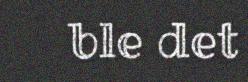
ble det